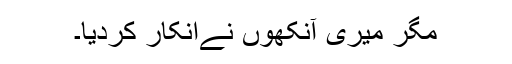
مگر میری آنکھوں نےانکار کردیا۔